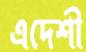
এদেশী